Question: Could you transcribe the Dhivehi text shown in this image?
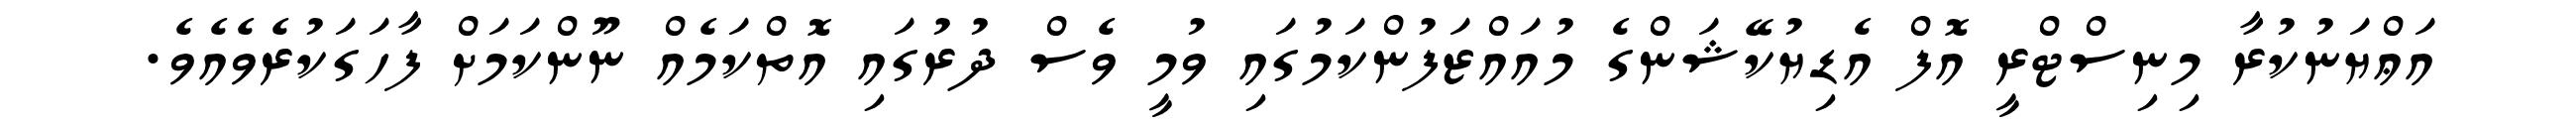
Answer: އަޢްޔަނުކުރާ މިނިސްޓްރީ އޮފް އެޑިޔުކޭޝަންގެ މުއައްޒަފުންކަމުގައި ވުމީ ވެސް ދުރުގައި އޮތްކަމެއް ނޫންކަމަށް ފާހަގަކުރެވެއެވެ.